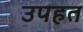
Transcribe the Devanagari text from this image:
उपहत